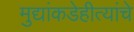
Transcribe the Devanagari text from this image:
मुद्यांकडेहीत्यांचे